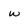
Character: w